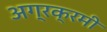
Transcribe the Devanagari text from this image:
अग्रक्रमी